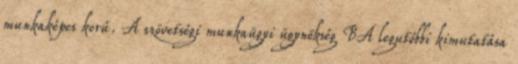
munkaképes korú. A szövetségi munkaügyi ügynökség BA legutóbbi kimutatása